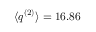
\langle q ^ { ( 2 ) } \rangle = 1 6 . 8 6